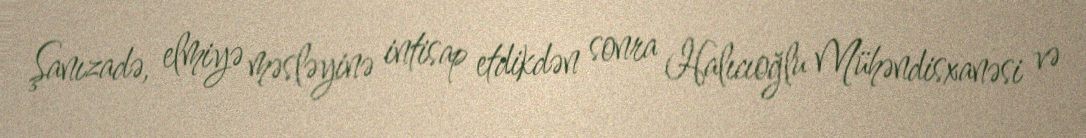
Şanızadə, elmiyə məsləyinə intisap etdikdən sonra Halıcıoğlu Mühəndisxanəsi və